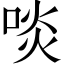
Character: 啖